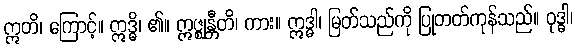
ဣတိ၊ ကြောင့်။ ဣဒ္ဓိ၊ ၏။ ဣဇ္ဈန္တီတိ၊ ကား။ ဣဒ္ဓါ၊ မြတ်သည်ကို ပြုတတ်ကုန်သည်။ ဝုဒ္ဓါ၊